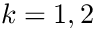
k = 1 , 2